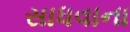
સાધવાના